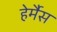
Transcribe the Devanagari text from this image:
हेर्मैस